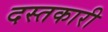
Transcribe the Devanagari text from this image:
दस्‍तकारी